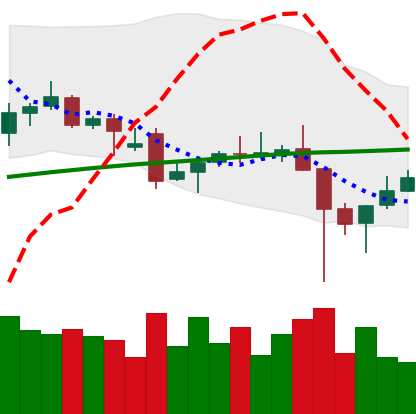
Ticker: TRX-USD
Chart end date: 2021-12-08
Forward return: -8.056%
Label: down_7plus